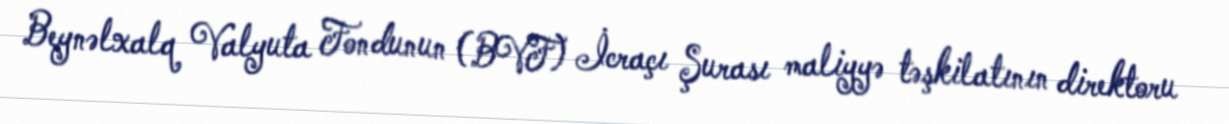
Beynəlxalq Valyuta Fondunun (BVF) İcraçı Şurası maliyyə təşkilatının direktoru